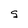
Character: S